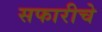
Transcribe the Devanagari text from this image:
सफारीचे